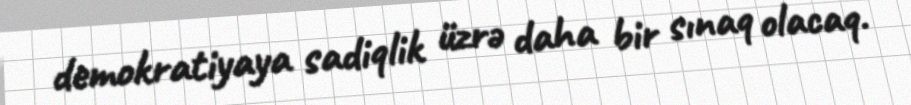
demokratiyaya sadiqlik üzrə daha bir sınaq olacaq.